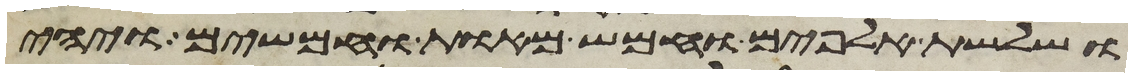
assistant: ושלשת אלפים וחמש מאות וחמשים ויהי